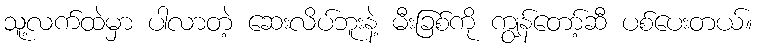
သူ့လက်ထဲမှာ ပါလာတဲ့ ဆေးလိပ်ဘူးနဲ့ မီးခြစ်ကို ကျွန်တော့်ဆီ ပစ်ပေးတယ်။